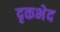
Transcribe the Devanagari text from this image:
दृकभेद